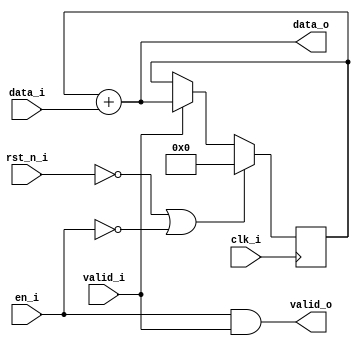
// =============================================================================
// Module:       Integrator
// Design:       Matthew Pauly
// Verification: Eldrick Millares
// Notes:
//
// Integrator element of the integrator-comb filter. Outputs the input added to
// the previous output. Input is either -1, 0, or 1. An input of -2 will be
// misinterpreted as a -1, so it is not allowed.
// =============================================================================

module integrator # (
    parameter I_BW = 5,
    parameter O_BW = 8
) (
    // clock and reset
    input                               clk_i,
    input                               rst_n_i,

    // streaming input
    input                               en_i,
    input signed [I_BW - 1 : 0]         data_i,
    input                               valid_i,

    // streaming output
    output signed [O_BW - 1 : 0]        data_o,
    output                              valid_o
);

    // =========================================================================
    // Local Parameters
    // =========================================================================
    // localparam O_BW = I_BW + 8;  // WINDOW_LEN of 250 means bitwidth could be up
                                 // 8 times greater

    // =========================================================================
    // Accumulation Register
    // =========================================================================
    reg signed [O_BW - 1: 0] accumulated;  // accumulated is signed to make
                                        // signed math work
    always @(posedge clk_i) begin
        if (!rst_n_i | !en_i) begin
            accumulated <= 'd0;
        end else begin
            if (valid_i) begin
                accumulated <= data_o;
            end else begin
                accumulated <= accumulated;
            end
        end
    end
    
    // =========================================================================
    // Output Assignment
    // =========================================================================
    assign data_o  = accumulated + data_i;
    assign valid_o = (en_i & valid_i);

    // =========================================================================
    // Simulation Only Waveform Dump (.vcd export)
    // =========================================================================
    `ifdef COCOTB_SIM
    `ifndef SCANNED
    `define SCANNED
    initial begin
        $dumpfile ("wave.vcd");
        $dumpvars (0, integrator);
        #1;
    end
    `endif
    `endif

endmodule